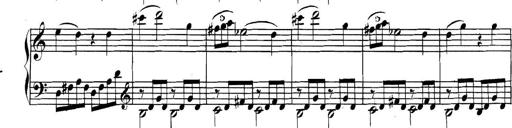
Title: Collected Piano Sonatas
Composer: Muzio Clementi